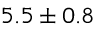
5 . 5 \pm 0 . 8